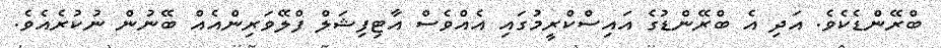
ބްރޭންޑެކެވެ. އަދި އެ ބްރޭންޑުގެ އައިސްކްރީމުގައި އެއްވެސް އާޓިފިޝަލް ފްލޭވަރިންއެއް ބޭނުން ނުކުރެއެވެ.